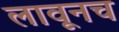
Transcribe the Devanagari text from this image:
लावूनच